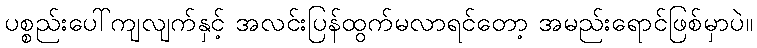
ပစ္စည်းပေါ်ကျလျက်နှင့် အလင်းပြန်ထွက်မလာရင်တော့ အမည်းရောင်ဖြစ်မှာပဲ။